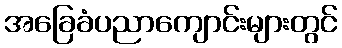
အခြေခံပညာကျောင်းများတွင်